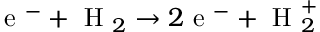
\textrm { e } ^ { - } + \textrm { H } _ { 2 } \rightarrow 2 \textrm { e } ^ { - } + \textrm { H } _ { 2 } ^ { + }